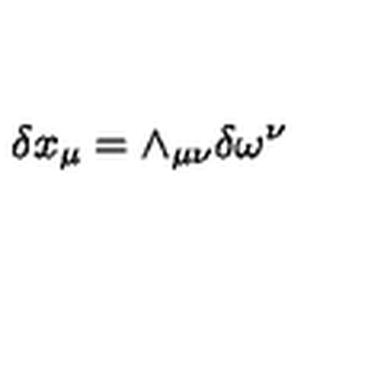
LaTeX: \delta x _ { \mu } = \wedge _ { \mu \nu } \delta \omega ^ { \nu }